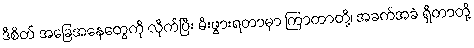
ဒီစိတ် အခြေအနေတွေကို လိုက်ပြီး မီးဖွားရတာမှာ ကြာတာတို့၊ အခက်အခဲ ရှိတာတို့